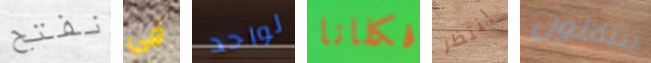
نفتح في لواحد فكلانا إنتظر ينتقلون